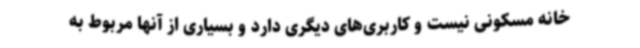
خانه مسکونی نیست و کاربری‌های دیگری دارد و بسیاری از آنها مربوط به